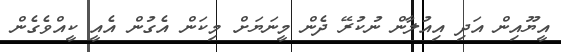
އީޔޫއިން އަދި އިއުލާން ނުކުރޭ ދެން މީނަޔަށް މިކަން އެގުން އެއީ ކީއްވެގެން